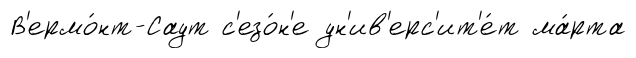
В'ермо́нт-Саут с'езо́н'е ун'ив'ерс'ит'е́т ма́рта